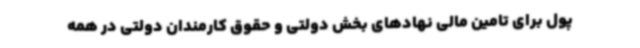
پول برای تامین مالی نهادهای بخش دولتی و حقوق کارمندان دولتی در همه